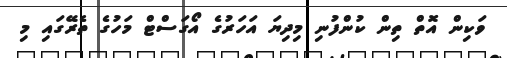
ވަކިން އޮތް ތިން ކުންފުނި މިދިޔަ އަހަރުގެ އޯގަސްޓް މަހުގެ ތެރޭގައި މި